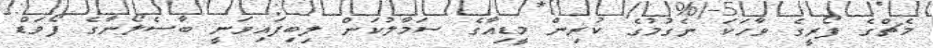
މެޗްގެ ފޯރީގެ ވާހަކަ ނެގުމުގެ ކުރިން މީޑިއާގެ ސަމާލުކަން ލިބިފައިވަނީ ބާސެލޯނާގެ ފޯވަޑް